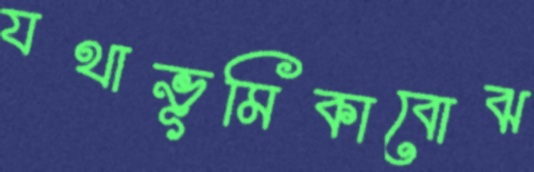
যথাভূমিকাবোঝ